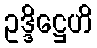
ဥဒ္ဒိဋ္ဌေဟိ